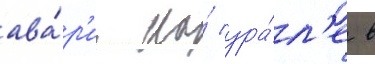
ава́р'ии на́ ура́л'е в